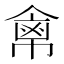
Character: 𢄕